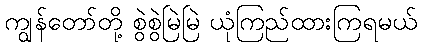
ကျွန်တော်တို့ စွဲစွဲမြဲမြဲ ယုံကြည်ထားကြရမယ်